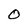
Character: O